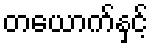
တယောက်နှင့်